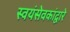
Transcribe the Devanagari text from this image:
स्वयंसेवकांद्वारे